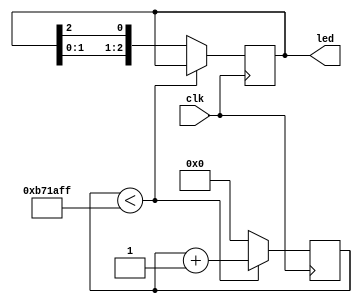
module flow_led(
    input clk,
    output reg [2:0] led
);

    reg [23:0] counter; 
    initial begin
        led = 3'b110;
        counter = 24'd0;
    end
    
    always @(posedge clk) begin
        if(counter < 24'd1199_9999) begin
            counter <= counter+1'b1;
            led <= led;
        end
        else begin
            counter = 24'd0;
            led[2:0] <= {led[1:0],led[2]};
        end
    end

endmodule